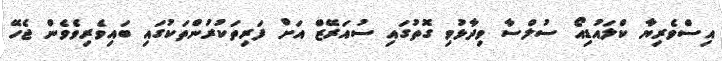
އިސްވެރިޔާ ކްލައުޑިއޯ ސުލްސާ ވިދާޅުވި ގޮތުގައި ސުއަރޭޒް އަށް ފަރިތަކުރުންތަކުގައި ބައިވެރިވެވެން ޖެހޭ